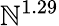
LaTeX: \mathbb{N}^{1.29}